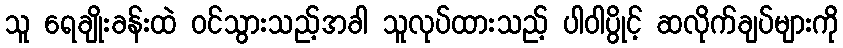
သူ ရေချိုးခန်းထဲ ဝင်သွားသည့်အခါ သူလုပ်ထားသည့် ပါဝါပွိုင့် ဆလိုက်ချပ်များကို